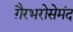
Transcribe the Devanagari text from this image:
ग़ैरभरोसेमंद